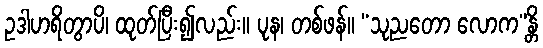
ဥဒါဟရိတွာပိ၊ ထုတ်ပြီး၍လည်း။ ပုန၊ တစ်ဖန်။ “သုညတော လောက”န္တိ